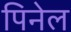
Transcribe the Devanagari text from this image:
पिनेल